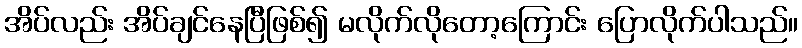
အိပ်လည်း အိပ်ချင်နေပြီဖြစ်၍ မလိုက်လိုတော့ကြောင်း ပြောလိုက်ပါသည်။